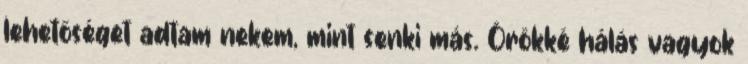
lehetőséget adtam nekem, mint senki más. Örökké hálás vagyok